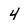
Character: 4